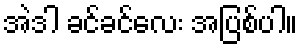
အဲဒါ ခင်ခင်လေး အပြစ်ပါ။